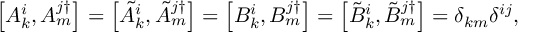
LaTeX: \left[ A _ { k } ^ { i } , A _ { m } ^ { j \dagger } \right] = \left[ \tilde { A } _ { k } ^ { i } , \tilde { A } _ { m } ^ { j \dagger } \right] = \left[ B _ { k } ^ { i } , B _ { m } ^ { j \dagger } \right] = \left[ \tilde { B } _ { k } ^ { i } , \tilde { B } _ { m } ^ { j \dagger } \right] = \delta _ { k m } \delta ^ { i j } ,